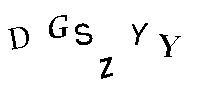
DGSZYY